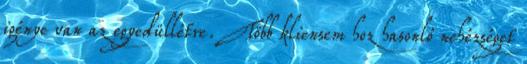
igénye van az egyedüllétre. Több kliensem hoz hasonló nehézséget